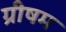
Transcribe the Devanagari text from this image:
ग्रीषम